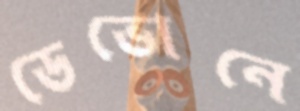
ডেভোনে